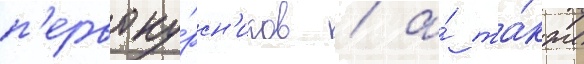
п'ервоку́рсн'иков / а́ та́кже